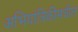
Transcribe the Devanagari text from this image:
अभियांत्रिकीमधील